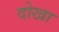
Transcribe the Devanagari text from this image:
दोखा